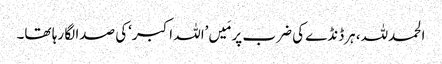
الحمدللہ، ہرڈنڈے کی ضرب پر مَیں’اللہ اکبر‘کی صدا لگا رہا تھا۔